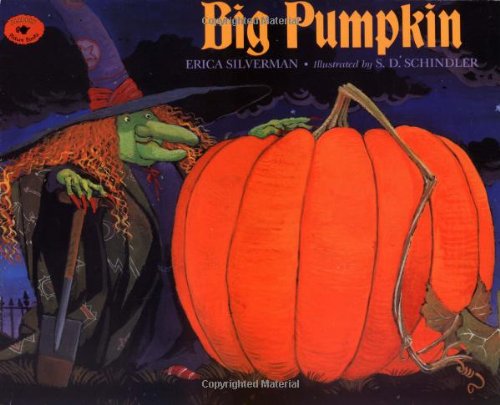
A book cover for Big Pumpkin; Erica Silverman; Children's Books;